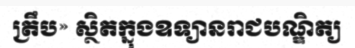
ត្រឹប» ស្ថិតក្នុងឧទ្យានរាជបណ្ឌិត្យ